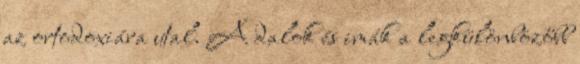
az ortodoxiára utal. A dalok és imák a legkülönbözőbb